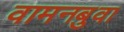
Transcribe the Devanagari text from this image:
वामनबुवा